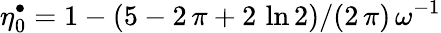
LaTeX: {\eta_{0}^{\bullet}=1-(5-2\, \pi+2\, \ln 2)/(2\, \pi)\, \omega^{-1}}